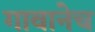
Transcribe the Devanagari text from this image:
गावानेच